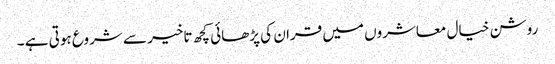
روشن خیال معاشروں میں قران کی پڑھائی کچھ تاخیر سے شروع ہوتی ہے ۔